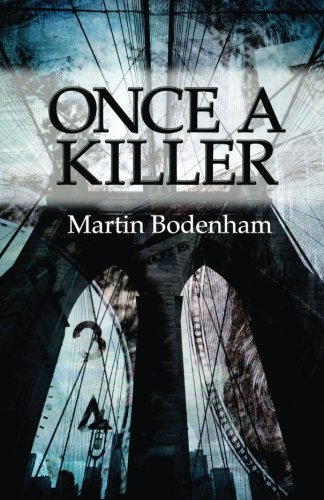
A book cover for Once a Killer; Martin Bodenham; Mystery, Thriller & Suspense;